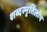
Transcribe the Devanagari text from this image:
शब्दस्मृतिलोप